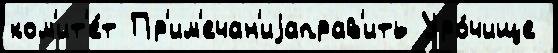
ком'ит'е́т Пр'им'ечан'иjаправ'ить Уро́чище